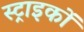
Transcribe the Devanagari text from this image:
स्ट्राइकों